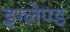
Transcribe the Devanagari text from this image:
इग्‍लेण्‍ड